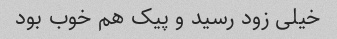
خیلی زود رسید و پیک هم خوب بود